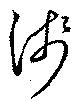
淺